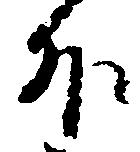
外